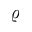
\varrho